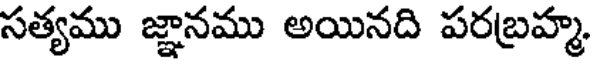
సత్యము జ్ఞానము అయినది పరబ్రహ్మ.